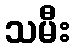
သမီး